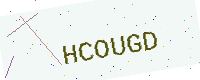
Text: HCOUGD